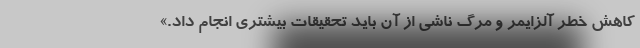
کاهش خطر آلزایمر و مرگ ناشی از آن باید تحقیقات بیشتری انجام داد.»